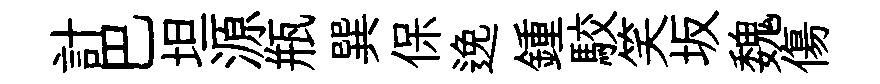
計巴坦源瓶巽保𨓜鍾駮笑坂魏傷